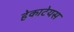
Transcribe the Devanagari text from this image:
हेकाटेयस